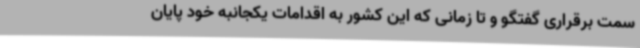
سمت برقراری گفتگو و تا زمانی که این کشور به اقدامات یکجانبه خود پایان